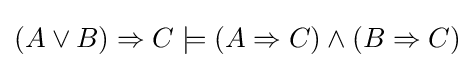
(A\lor B)\Rightarrow C\models (A\Rightarrow C)\land (B\Rightarrow C)